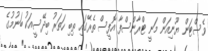
ވެސްޓަން ޔޫނިއަން މަނީ ޓްރާންސްފާ އޮފީސް ތެރޭގައި ތިބި ހަތަރު ބިދޭސީއަކު ބަނުމުގެ